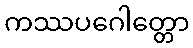
ကဿပဂေါတ္တော